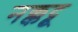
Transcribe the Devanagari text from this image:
नक्कट्टू